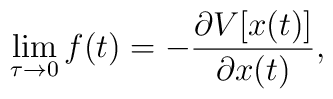
\lim_{\tau\rightarrow 0}f(t)=-\frac{\partial V[x(t)]}{\partial x(t)},